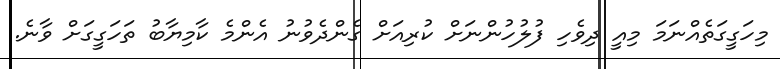
މިހަގީގަތެއްނަމަ މިއީ ދިވެހި ފުލުހުންނަށް ކުރިއަށް ގެންދެވުނު އެންމެ ކާމިޔާބު ތަހަގީގަށް ވާނެ.